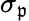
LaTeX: \sigma_{\mathfrak{p}}